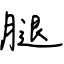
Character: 腿